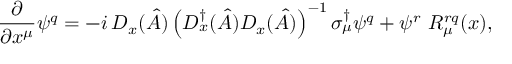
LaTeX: \frac { \partial } { \partial x ^ { \mu } } \psi ^ { q } = - i \, D _ { x } ( \hat { A } ) \left( D _ { x } ^ { \dagger } ( \hat { A } ) D _ { x } ( \hat { A } ) \right) ^ { - 1 } \sigma _ { \mu } ^ { \dagger } \psi ^ { q } + \psi ^ { r } ~ R _ { \mu } ^ { r q } ( x ) ,